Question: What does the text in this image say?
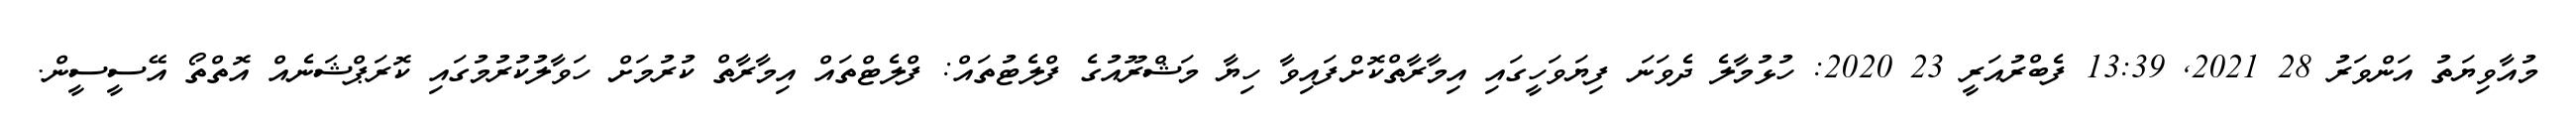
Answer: މުއާވިޔަތު އަންވަރު 28 2021, 13:39 ފެބްރުއަރީ 23 2020: ހުޅުމާލެ ދެވަނަ ފިޔަވަހީގައި އިމާރާތްކޮށްފައިވާ ހިޔާ މަޝްރޫއުގެ ފްލެޓުތައް: ފްލެޓްތައް އިމާރާތް ކުރުމަށް ހަވާލުކުރުމުގައި ކޮރަޕްޝަނެއް އޮތްތޯ އޭސީސީން.